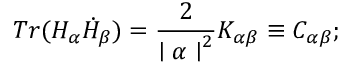
T r ( H _ { \alpha } \dot { H } _ { \beta } ) = { \frac { 2 } { { \mid \alpha \mid } ^ { 2 } } } K _ { \alpha \beta } \equiv C _ { \alpha \beta } ;